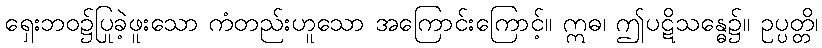
ရှေးဘဝ၌ပြုခဲ့ဖူးသော ကံတည်းဟူသော အကြောင်းကြောင့်။ ဣဓ၊ ဤပဋိသန္ဓေ၌။ ဥပ္ပတ္တိ၊